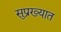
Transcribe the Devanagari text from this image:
सुप्रख्यात